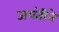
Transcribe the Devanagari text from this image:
जयंतीने